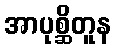
အာပုစ္ဆိတူန